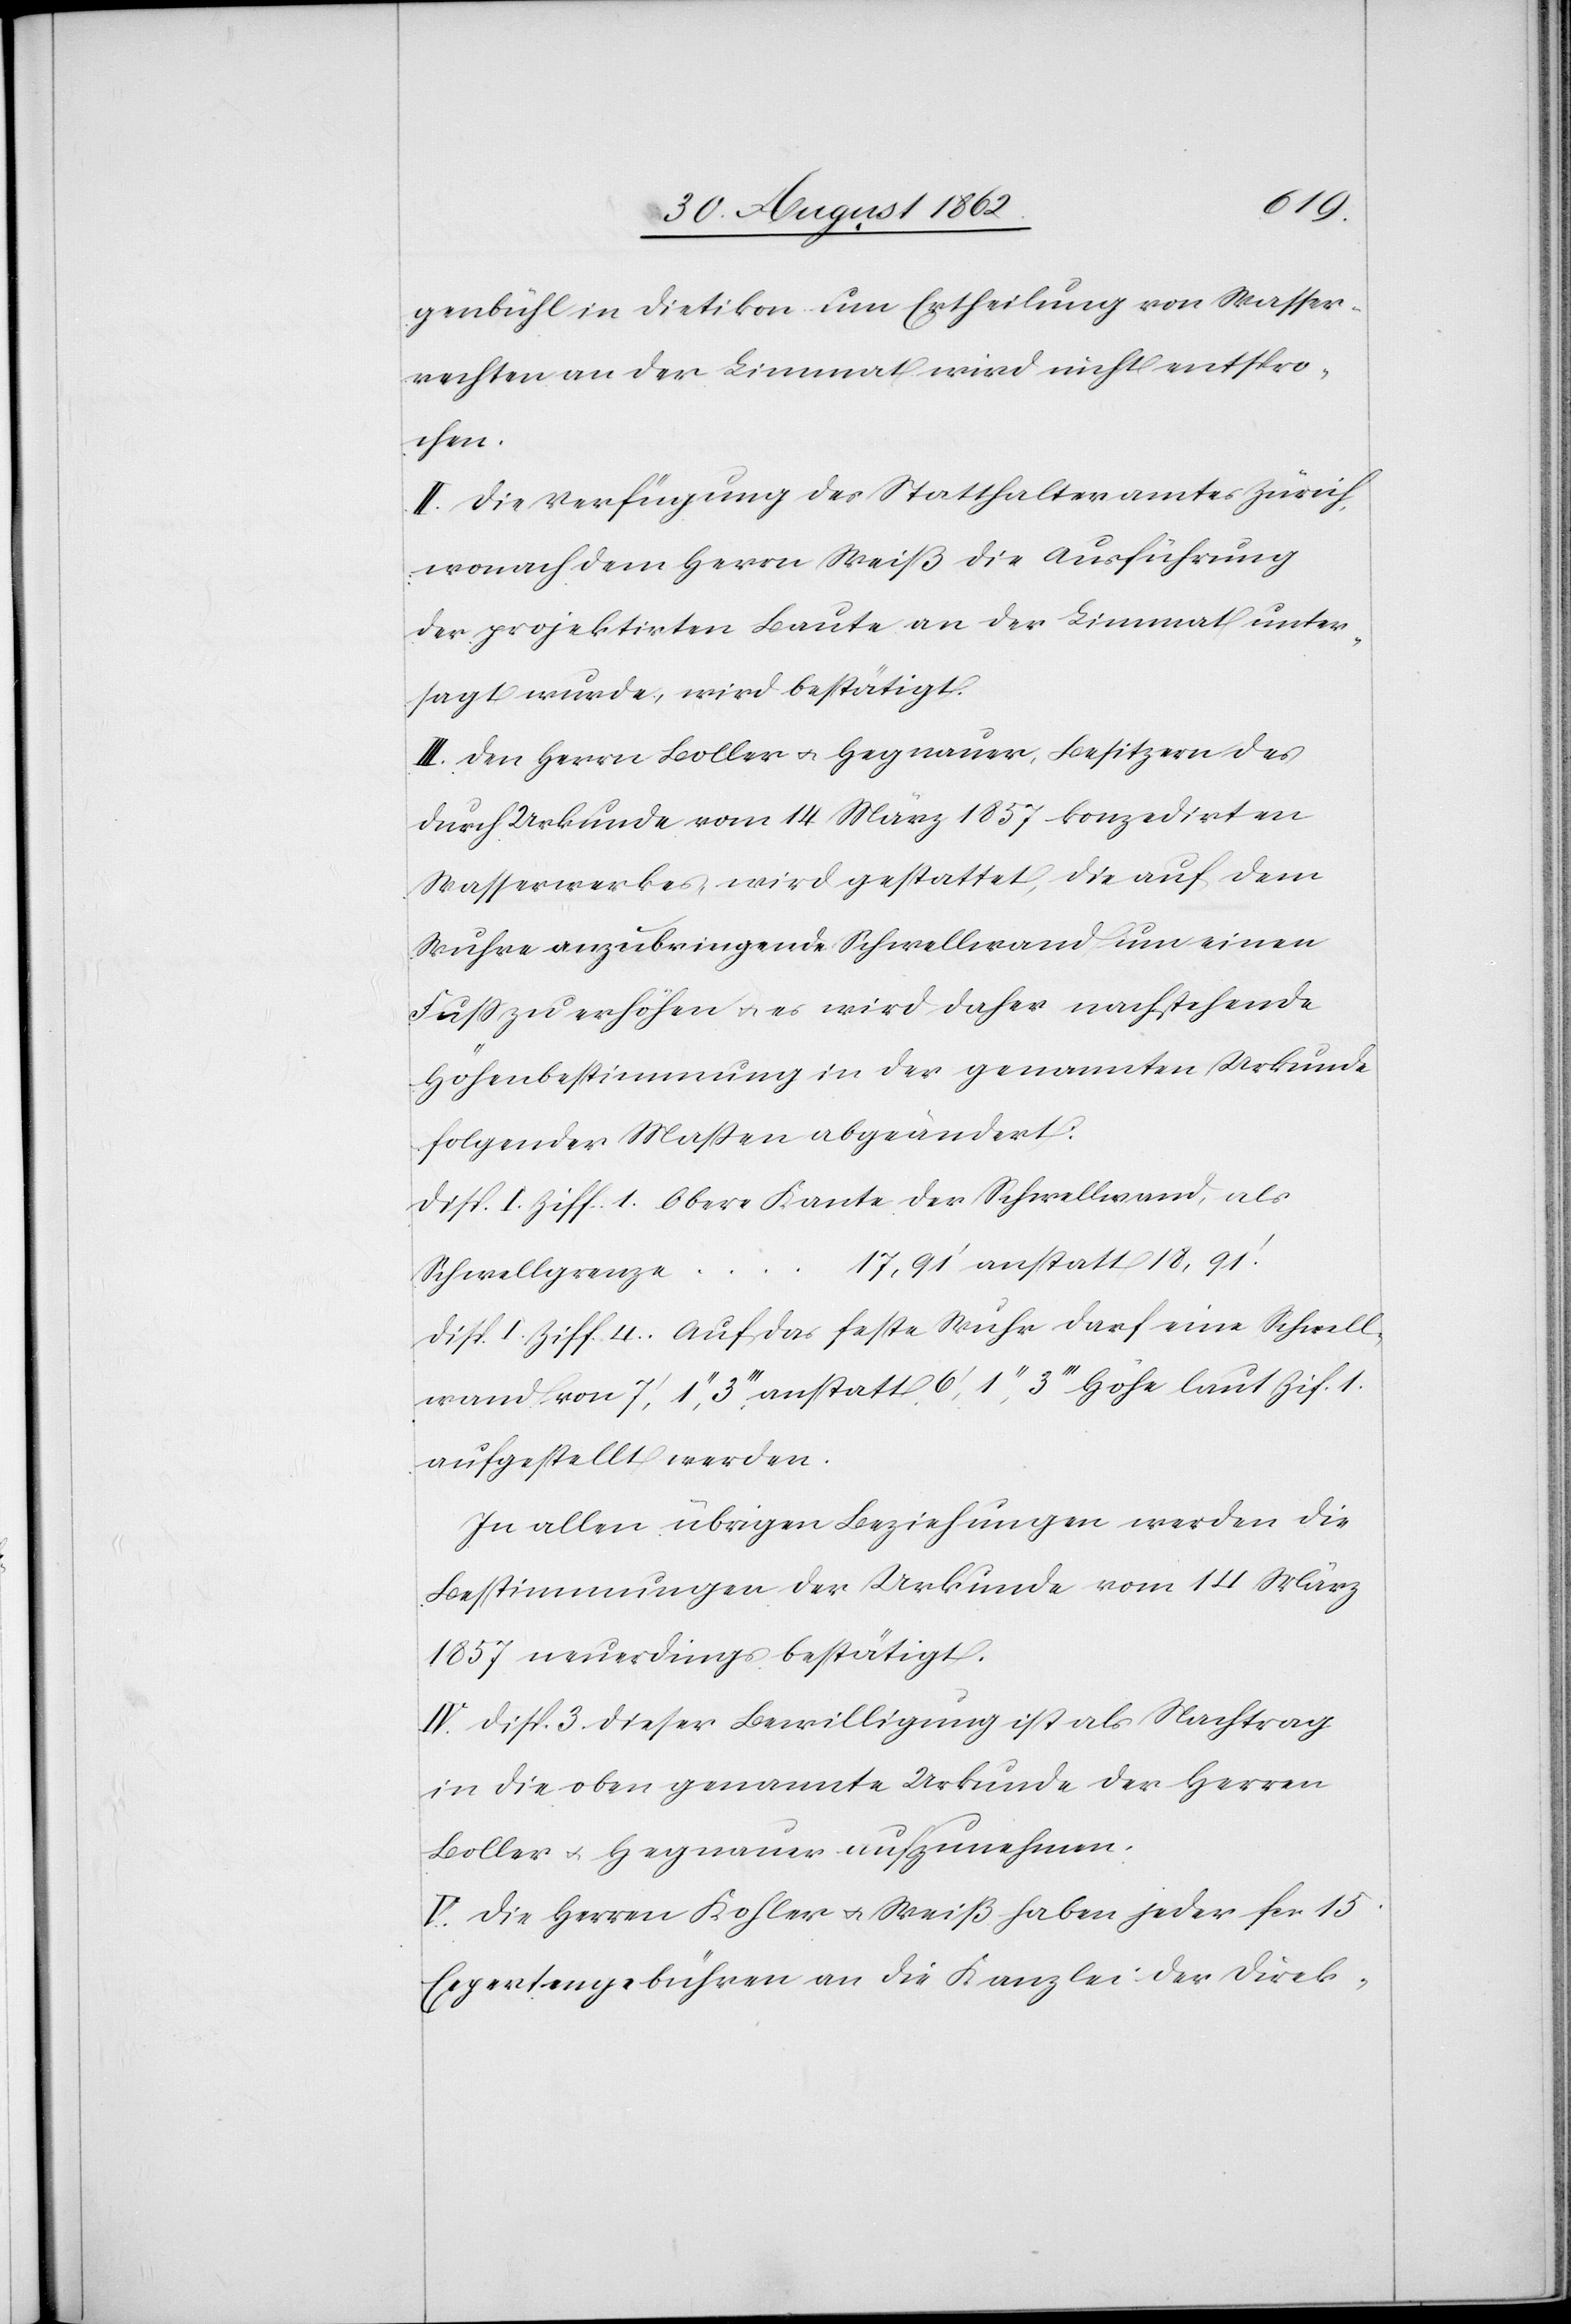
genbühl in Dietikon um Ertheilung von Wasser¬
rechten an der Limmat wird nicht entspro¬
chen.
II. Die Verfügung des Statthalteramtes Zürich,
wonach dem Herrn Weiß die Ausführung
der projektirten Baute an der Limmat unter¬
sagt wurde, wird bestätigt.
III. Den Herr[e]n Boller u. Hegnauer, Besitzern des
durch Urkunde vom 14. März 1857 konzedirten
Wasserwerkes, wird gestattet, die auf dem
Wuhre anzubringende Schwellwand um einen
Fuß zu erhöhen u. es wird daher nachstehende
Höhenbestimmung in der genannten Urkunde
folgender Massen abgeändert:
Disp. I. Ziff. 1. Obere Kante der Schwellwand, als
17,91’ anstatt 18,91’.
Schwellgrenze …
Disp. I. Ziff. 4. Auf das feste Wuhr darf eine Schwell¬
wand von 7’,1’’,3’’’ anstatt 6’,1’’,3’’’ Höhe laut Ziff. 1.
aufgestellt werden.
In allen übrigen Beziehungen werden die
Bestimmungen der Urkunde vom 14. März
1857 neuerdings bestätigt.
IV. Disp. 3. dieser Bewilligung ist als Nachtrag
in die oben genannte Urkunde der Herren
Boller u. Hegnauer aufzunehmen.
V. Die Herren Kohler u. Weiß haben jeder fcs. 15
Expertengebühren an die Kanzlei der Direk-